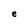
Character: e